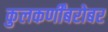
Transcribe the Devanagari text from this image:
कुलकर्णींबरोबर